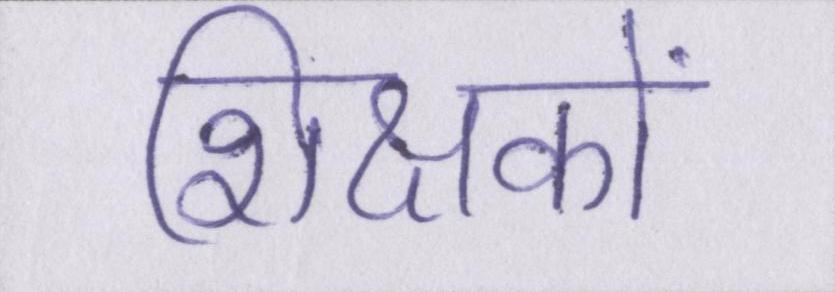
शिक्षकों